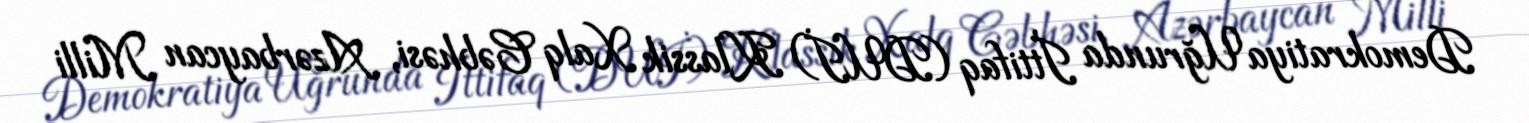
Demokratiya Uğrunda İttifaq (DUİ) Klassik Xalq Cəbhəsi, Azərbaycan Milli